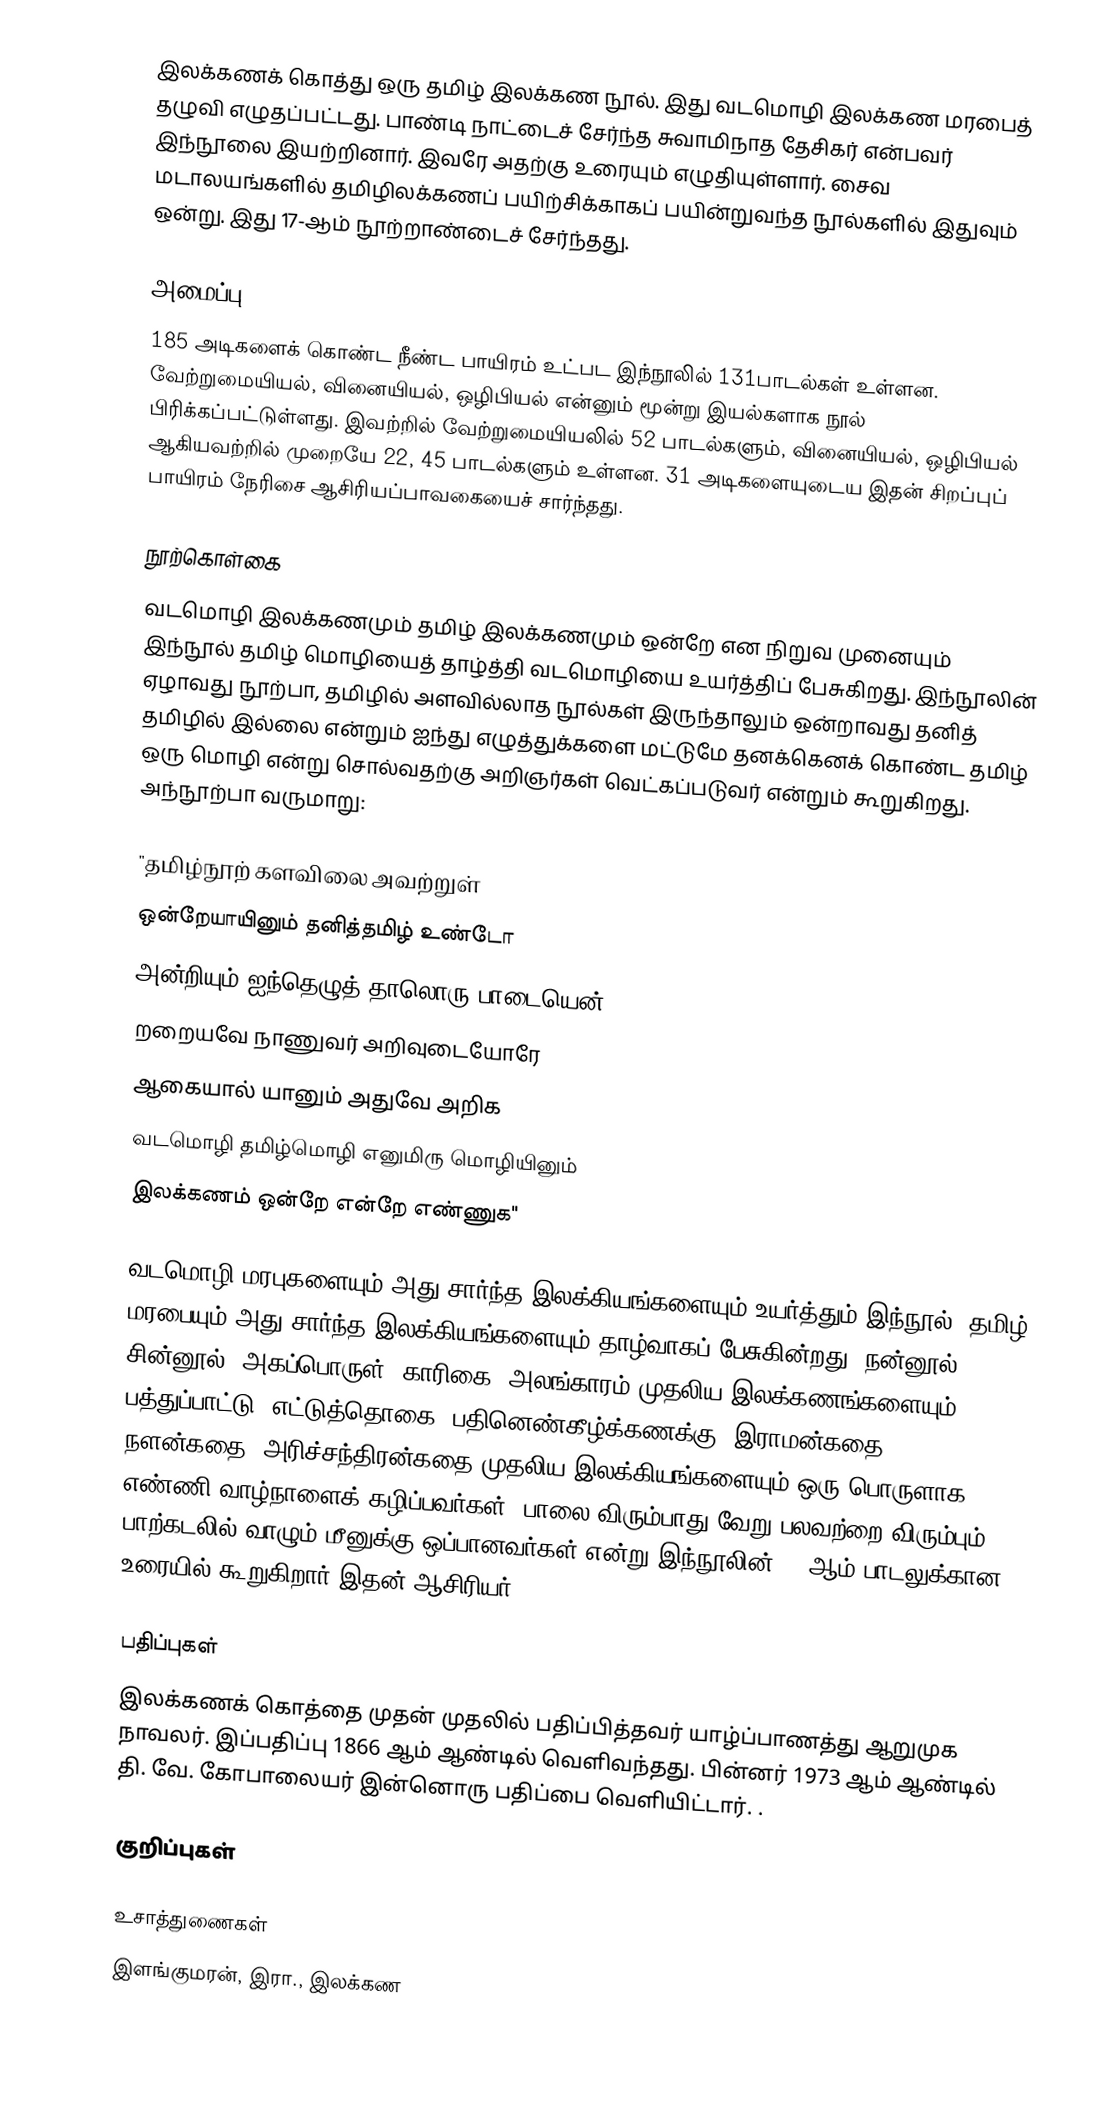
இலக்கணக் கொத்து ஒரு தமிழ் இலக்கண நூல். இது வடமொழி இலக்கண மரபைத் தழுவி எழுதப்பட்டது. பாண்டி நாட்டைச் சேர்ந்த சுவாமிநாத தேசிகர் என்பவர் இந்நூலை இயற்றினார். இவரே அதற்கு உரையும் எழுதியுள்ளார். சைவ மடாலயங்களில் தமிழிலக்கணப் பயிற்சிக்காகப் பயின்றுவந்த நூல்களில் இதுவும் ஒன்று. இது 17-ஆம் நூற்றாண்டைச் சேர்ந்தது.

அமைப்பு
185 அடிகளைக் கொண்ட நீண்ட பாயிரம் உட்பட இந்நூலில் 131பாடல்கள் உள்ளன. வேற்றுமையியல், வினையியல், ஒழிபியல் என்னும் மூன்று இயல்களாக நூல் பிரிக்கப்பட்டுள்ளது. இவற்றில் வேற்றுமையியலில் 52 பாடல்களும், வினையியல், ஒழிபியல் ஆகியவற்றில் முறையே 22, 45 பாடல்களும் உள்ளன. 31 அடிகளையுடைய இதன் சிறப்புப் பாயிரம் நேரிசை ஆசிரியப்பாவகையைச் சார்ந்தது.

நூற்கொள்கை
வடமொழி இலக்கணமும் தமிழ் இலக்கணமும் ஒன்றே என நிறுவ முனையும் இந்நூல் தமிழ் மொழியைத் தாழ்த்தி வடமொழியை உயர்த்திப் பேசுகிறது. இந்நூலின் ஏழாவது நூற்பா, தமிழில் அளவில்லாத நூல்கள் இருந்தாலும் ஒன்றாவது தனித் தமிழில் இல்லை என்றும் ஐந்து எழுத்துக்களை மட்டுமே தனக்கெனக் கொண்ட தமிழ் ஒரு மொழி என்று சொல்வதற்கு அறிஞர்கள் வெட்கப்படுவர் என்றும் கூறுகிறது. அந்நூற்பா வருமாறு:

 "தமிழ்நூற் களவிலை அவற்றுள்
 ஒன்றேயாயினும் தனித்தமிழ் உண்டோ
 அன்றியும் ஐந்தெழுத் தாலொரு பாடையென்
 றறையவே நாணுவர் அறிவுடையோரே
 ஆகையால் யானும் அதுவே அறிக
 வடமொழி தமிழ்மொழி எனுமிரு மொழியினும்
 இலக்கணம் ஒன்றே என்றே எண்ணுக"

வடமொழி மரபுகளையும் அது சார்ந்த இலக்கியங்களையும் உயர்த்தும் இந்நூல், தமிழ் மரபையும் அது சார்ந்த இலக்கியங்களையும் தாழ்வாகப் பேசுகின்றது. நன்னூல், சின்னூல், அகப்பொருள், காரிகை, அலங்காரம் முதலிய இலக்கணங்களையும், பத்துப்பாட்டு, எட்டுத்தொகை, பதினெண்கீழ்க்கணக்கு, இராமன்கதை, நளன்கதை, அரிச்சந்திரன்கதை முதலிய இலக்கியங்களையும் ஒரு பொருளாக எண்ணி வாழ்நாளைக் கழிப்பவர்கள், பாலை விரும்பாது வேறு பலவற்றை விரும்பும் பாற்கடலில் வாழும் மீனுக்கு ஒப்பானவர்கள் என்று இந்நூலின் 99 ஆம் பாடலுக்கான உரையில் கூறுகிறார் இதன் ஆசிரியர்

பதிப்புகள்
இலக்கணக் கொத்தை முதன் முதலில் பதிப்பித்தவர் யாழ்ப்பாணத்து ஆறுமுக நாவலர். இப்பதிப்பு 1866 ஆம் ஆண்டில் வெளிவந்தது. பின்னர் 1973 ஆம் ஆண்டில் தி. வே. கோபாலையர் இன்னொரு பதிப்பை வெளியிட்டார். .

குறிப்புகள்

உசாத்துணைகள்
 இளங்குமரன், இரா., இலக்கண